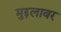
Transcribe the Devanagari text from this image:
मुद्दलावर